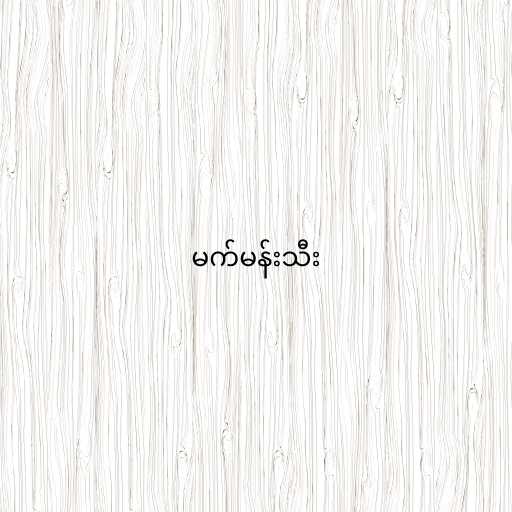
မက်မန်းသီး